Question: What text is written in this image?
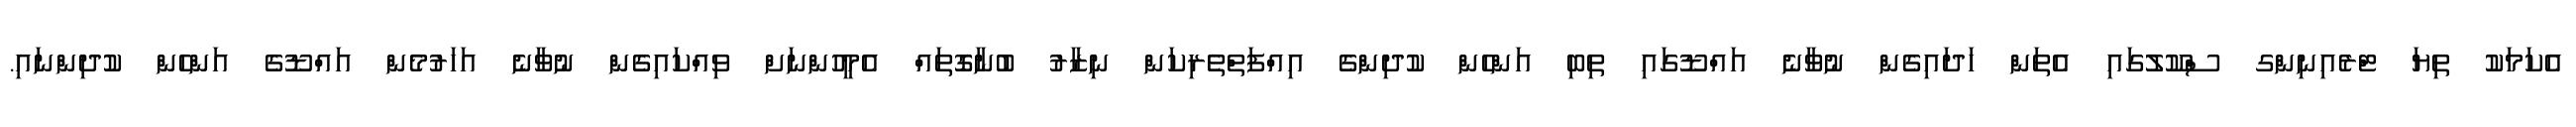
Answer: އެކަމަކު ތިޔަ ޓްރެއިނިންގ ސްކޫލުގައި އެތަން ހަދައިގެން ނުވާނެ އައްޑޫގައި ތިބި އަންހެން ކުދިންގެ އިއްފަތްތެރިކަން ނިޒާރު ބުނާގޮތައް އެމީހުންނަށް ވިއްކައިގެން ނުވާނެ އަހަރުމެން އައްޑޫގެ އަންހެން ކުދިންނައި.